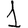
Digit: 1